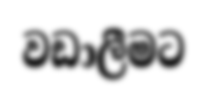
වඩාලීමට